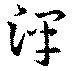
澤